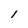
Character: I